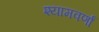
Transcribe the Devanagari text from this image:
श्यामवर्णां